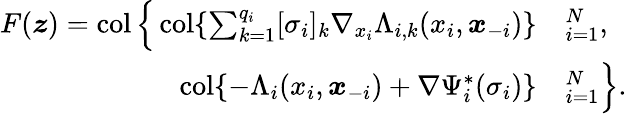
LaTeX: \begin{array}{rl}{F(\boldsymbol{z})=\operatorname{col}\Big\{ \operatorname{col}\{ \sum_{k=1}^{q_{i}}[\sigma_{i}]_{k}\nabla_{x_{i}}\Lambda_{i,k}(x_{i},\boldsymbol{x}_{-i})\} }&{_{i=1}^{N},}\\ {\operatorname{col}\{ -\Lambda_{i}(x_{i},\boldsymbol{x}_{-i})+\nabla\Psi_{i}^{*}(\sigma_{i})\} }&{_{i=1}^{N}\Big\} .}\end{array}